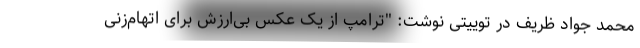
محمد جواد ظریف در توییتی نوشت: "ترامپ از یک عکس بی‌ارزش برای اتهام‌زنی